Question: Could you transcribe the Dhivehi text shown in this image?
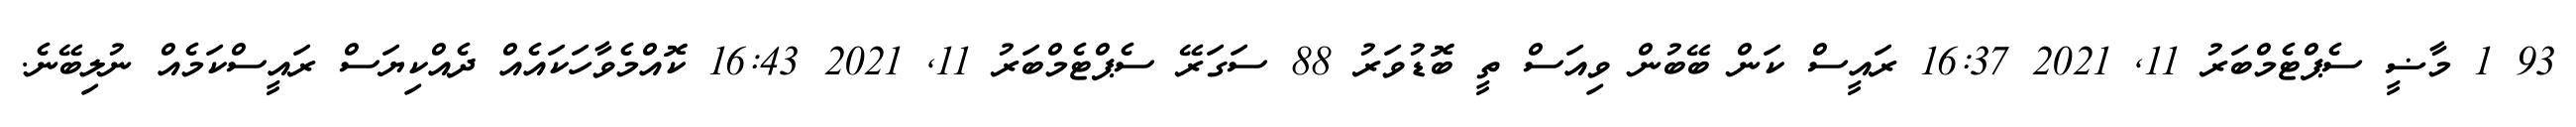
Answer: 93 1 މާޟީ ސެޕްޓެމްބަރު 11, 2021 16:37 ރައީސް ކަން ބޭބުން ވިއަސް ތީ ބޮޑުވަރު 88 ސަގަރޭ ސެޕްޓެމްބަރު 11, 2021 16:43 ކޮއްމެވާހަކައެއް ދެއްކިޔަސް ރައީސްކަމެއް ނުލިބޭނެ.